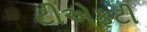
ટીએફટી